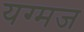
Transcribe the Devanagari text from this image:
यग्मज